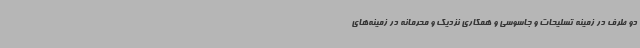
دو طرف در زمینه تسلیحات و جاسوسی و همکاری نزدیک و محرمانه در زمینه‌های